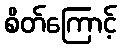
စိတ်ကြောင့်